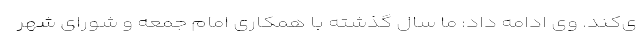
ی‌کند. وی ادامه داد: ما سال گذشته با همکاری امام جمعه و شورای شهر